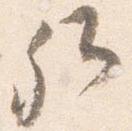
卿